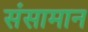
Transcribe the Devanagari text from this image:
संसामान